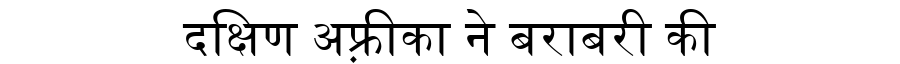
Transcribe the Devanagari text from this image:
दक्षिण अफ़्रीका ने बराबरी की